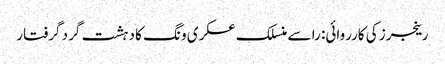
رینجرز کی کارروائی: را سے منسلک عسکری ونگ کا دہشت گرد گرفتار